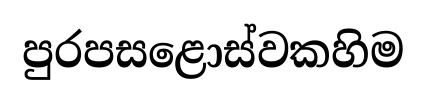
පුරපසළොස්වකහිම